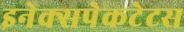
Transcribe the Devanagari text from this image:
इनेक्सपेकटेटस